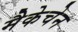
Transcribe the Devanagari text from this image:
मैकेचेन